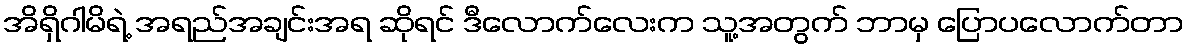
အိရှိဂါမိရဲ့ အရည်အချင်းအရ ဆိုရင် ဒီလောက်လေးက သူ့အတွက် ဘာမှ ပြောပလောက်တာ